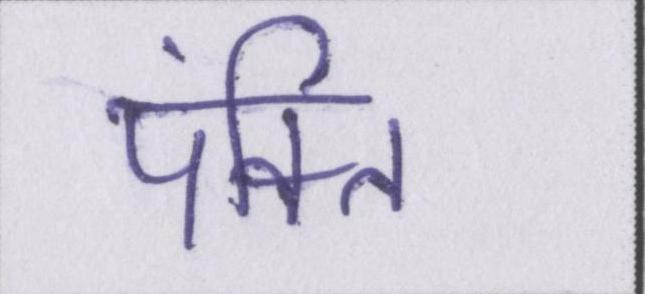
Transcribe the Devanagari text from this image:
पंक्ति